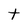
Character: t